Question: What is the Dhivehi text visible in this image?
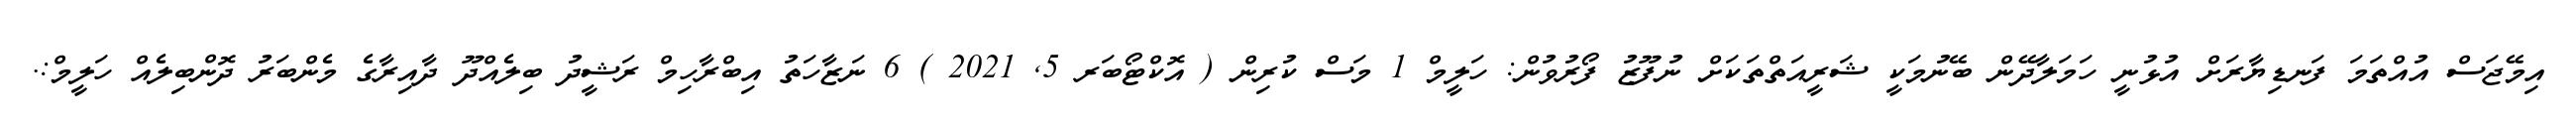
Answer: އިމޭޖަސް އުއްތަމަ ފަނޑިޔާރަށް އުޅުނީ ހަމަލާދޭން ބޭނުމަކީ ޝަރީއަތްތަކަށް ނުފޫޒު ފޯރުވުން: ހަލީމް 1 މަސް ކުރިން ( އޮކްޓޯބަރ 5, 2021 ) 6 ނަޒާހަތު އިބްރާހިމް ރަޝީދު ބިލެއްދޫ ދާއިރާގެ މެންބަރު ދޮންބިލެއް ހަލީމް:.